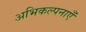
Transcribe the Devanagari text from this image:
अभिकल्पनाएँ